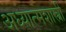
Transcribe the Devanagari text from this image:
अध्यात्मशास्त्री